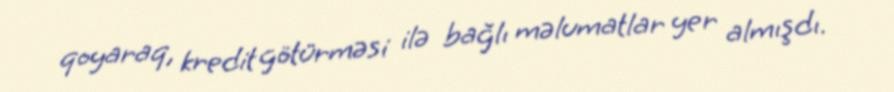
qoyaraq, kredit götürməsi ilə bağlı məlumatlar yer almışdı.